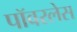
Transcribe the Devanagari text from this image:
पॉवरलेस